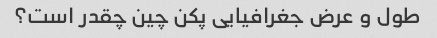
طول و عرض جغرافیایی پکن چین چقدر است؟